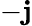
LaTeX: -\mathbf{j}